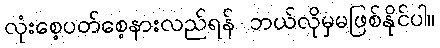
လုံးစေ့ပတ်စေ့နားလည်ရန် ဘယ်လိုမှမဖြစ်နိုင်ပါ။